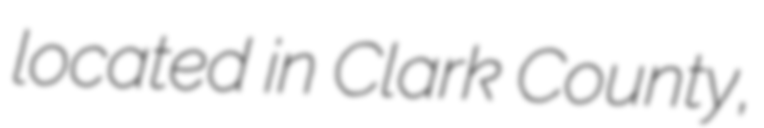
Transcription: located in Clark County,